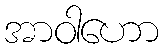
အာဝါဟော